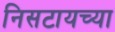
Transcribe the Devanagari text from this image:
निसटायच्या